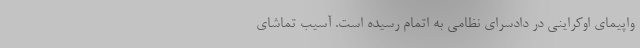
واپیمای اوکراینی در دادسرای نظامی به اتمام رسیده است. آسیب تماشای